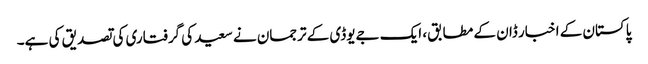
پاکستان کے اخبار ڈان کے مطابق، ایک جےیوڈی کے ترجمان نے سعید کی گرفتاری کی تصدیق کی ہے۔